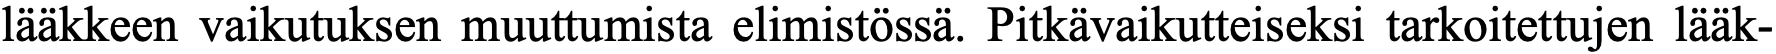
lääkkeen vaikutuksen muuttumista elimistössä. Pitkävaikutteiseksi tarkoitettujen lääk-